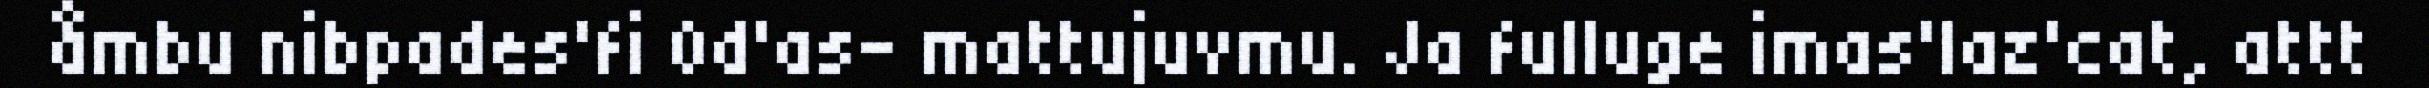
åmbu nibpades'fi 0d'as- mattujuvmu. Ja fulluge imas'laz'cat, attt